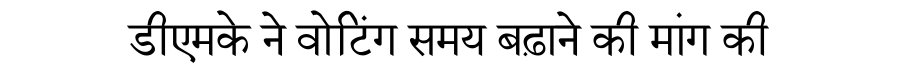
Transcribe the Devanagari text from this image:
डीएमके ने वोटिंग समय बढ़ाने की मांग की